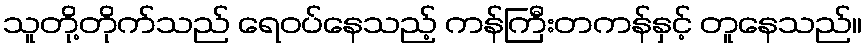
သူတို့တိုက်သည် ရေဝပ်နေသည့် ကန်ကြီးတကန်နှင့် တူနေသည်။